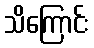
သိကြောင်း